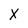
Character: X